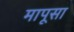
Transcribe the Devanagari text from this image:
मापूसा